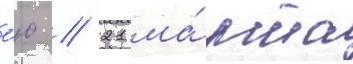
е́ю // 21 ма́рта